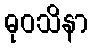
ဓုဝသိနာ